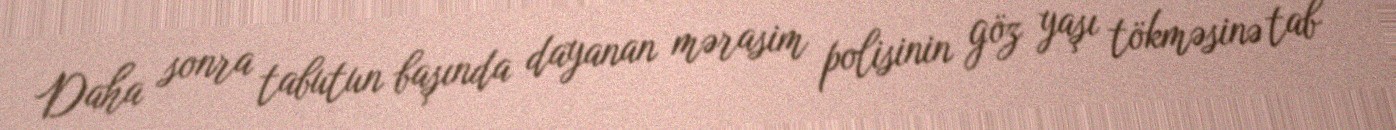
Daha sonra tabutun başında dayanan mərasim polisinin göz yaşı tökməsinə tab